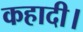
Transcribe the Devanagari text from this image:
कहादी।